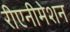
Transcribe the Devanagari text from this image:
रीएनीमेशन